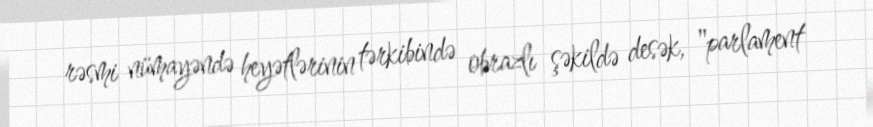
rəsmi nümayəndə heyətlərinin tərkibində obrazlı şəkildə desək, "parlament